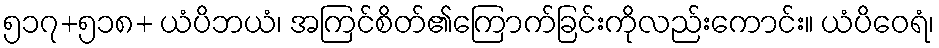
၅၁၇+၅၁၈+ ယံပိဘယံ၊ အကြင်စိတ်၏ကြောက်ခြင်းကိုလည်းကောင်း။ ယံပိဝေရံ၊